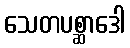
သေတပစ္ဆာဒေါ